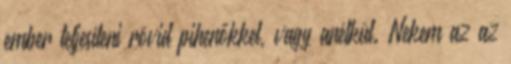
ember teljesíteni rövid pihenőkkel, vagy anélkül. Nekem az az